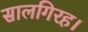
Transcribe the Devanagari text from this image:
सालगिरह।